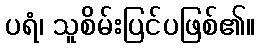
ပရံ၊ သူစိမ်းပြင်ပဖြစ်၏။